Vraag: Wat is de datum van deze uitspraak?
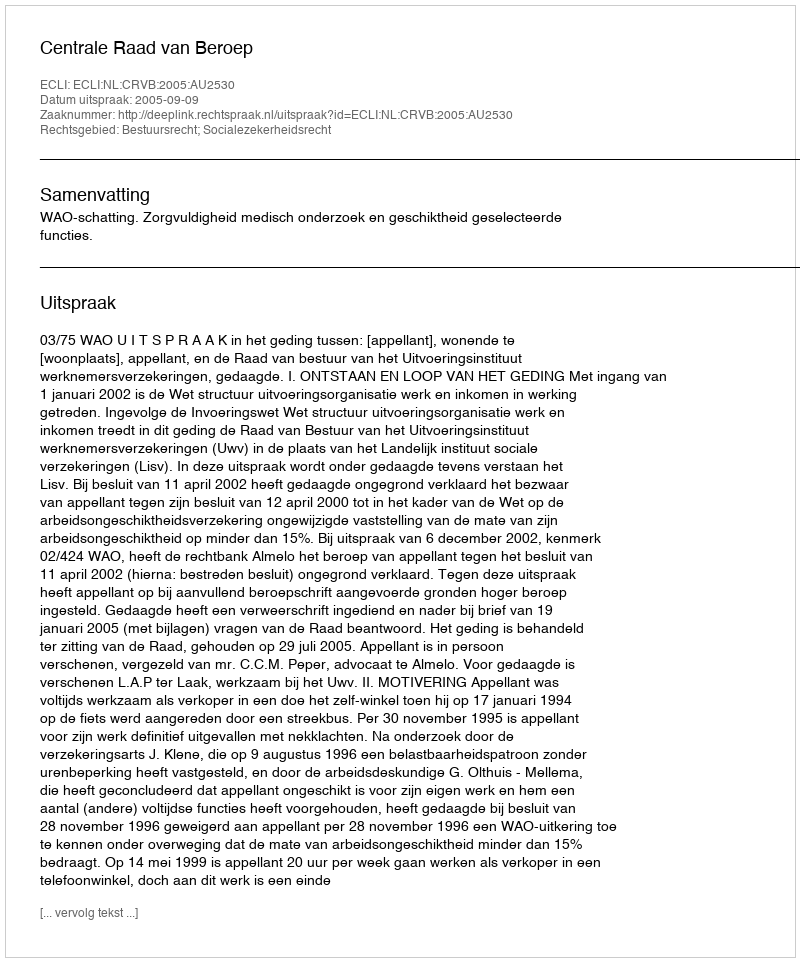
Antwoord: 2005-09-09